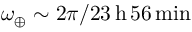
\omega _ { \oplus } \sim 2 \pi / 2 3 \, { \mathrm { h } } \, 5 6 \, { \mathrm { m i n } }